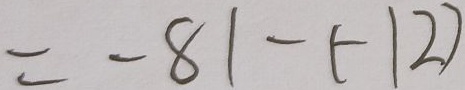
= - 8 1 - ( - 1 2 )